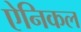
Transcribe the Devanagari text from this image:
ऐनिकल